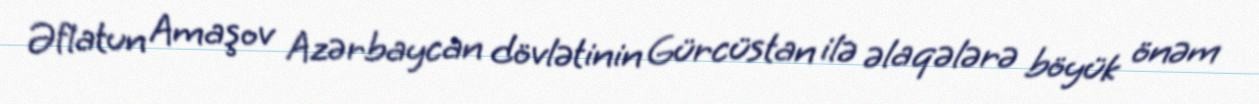
Əflatun Amaşov Azərbaycan dövlətinin Gürcüstan ilə əlaqələrə böyük önəm